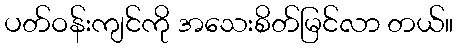
ပတ်ဝန်းကျင်ကို အသေးစိတ်မြင်လာ တယ်။